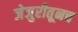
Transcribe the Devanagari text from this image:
जेजुरीतूनच